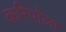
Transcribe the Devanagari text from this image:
करिपोला